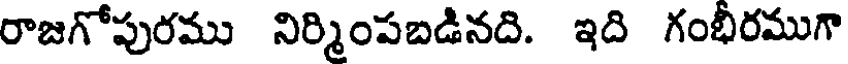
రాజగోపురము నిర్మింపబడినది. ఇది గంభీరముగా